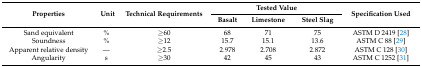
<table><thead><tr><td rowspan="2"><b>Properties</b></td><td rowspan="2"><b>Unit</b></td><td rowspan="2"><b>Technical Requirements</b></td><td colspan="3"><b>Tested Value</b></td><td rowspan="2"><b>Specification Used</b></td></tr><tr><td><b>Basalt</b></td><td><b>Limestone</b></td><td><b>Steel Slag</b></td></tr></thead><tbody><tr><td>Sand equivalent</td><td>%</td><td>≥60</td><td>68</td><td>71</td><td>75</td><td>ASTM D 2419 [28]</td></tr><tr><td>Soundness</td><td>%</td><td>≥12</td><td>15.7</td><td>15.1</td><td>13.6</td><td>ASTM C 88 [29]</td></tr><tr><td>Apparent relative density</td><td>—</td><td>≥2.5</td><td>2.978</td><td>2.708</td><td>2.872</td><td>ASTM C 128 [30]</td></tr><tr><td>Angularity</td><td>s</td><td>≥30</td><td>42</td><td>45</td><td>43</td><td>ASTM C 1252 [31]</td></tr></tbody></table>